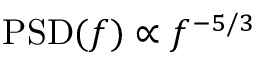
\mathrm { P S D } ( f ) \propto f ^ { - 5 / 3 }